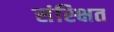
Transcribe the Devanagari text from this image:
संस्क्षित